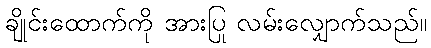
ချိုင်းထောက်ကို အားပြု လမ်းလျှောက်သည်။